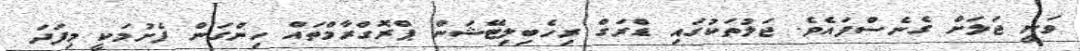
ވަނީ ޖަލަށް ގެނެސްފައެވެ. ޖަލުތަކުގައި ޑްރަގް ރިހެބިލިޓޭޝަން ޕްރޮގްރާމްތައް ހިންގަން ފެށުމަކީ މިފަދަ